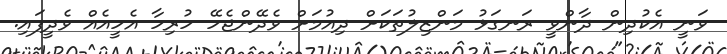
ވަނީ އެކުދިން ދާންވީ ރަނގަޅު މަންޒިލުތަކަށް ދިއުމަށް ވެދޭންޖެހޭ ހުރިހާ އެހީއެއް ވެދީފައި.